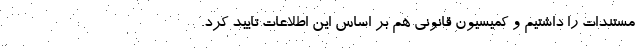
مستندات را داشتیم و کمیسیون قانونی هم بر اساس این اطلاعات تایید کرد.